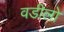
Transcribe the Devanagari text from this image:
वडीलो